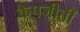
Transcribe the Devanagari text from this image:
कैपजीतीं